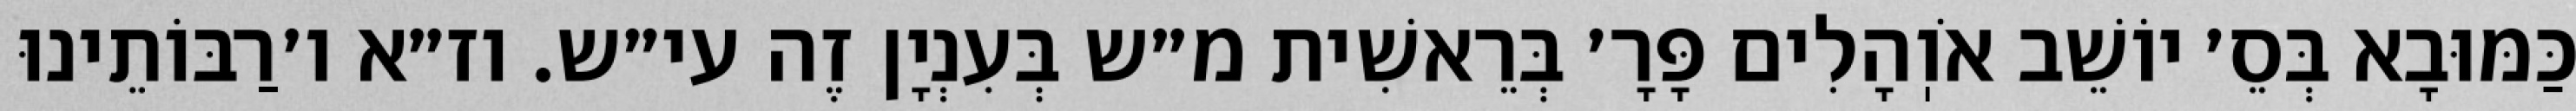
כַּמּוּבָא בְּסֵ׳ יוֹשֵׁב אֹוֽהָלִים פָּרָ׳ בְּרֵאשִׁית מ״ש בְּעִנְיָן זֶה עי״ש. וז״א ו׳רַבּוֹתֵינוּ